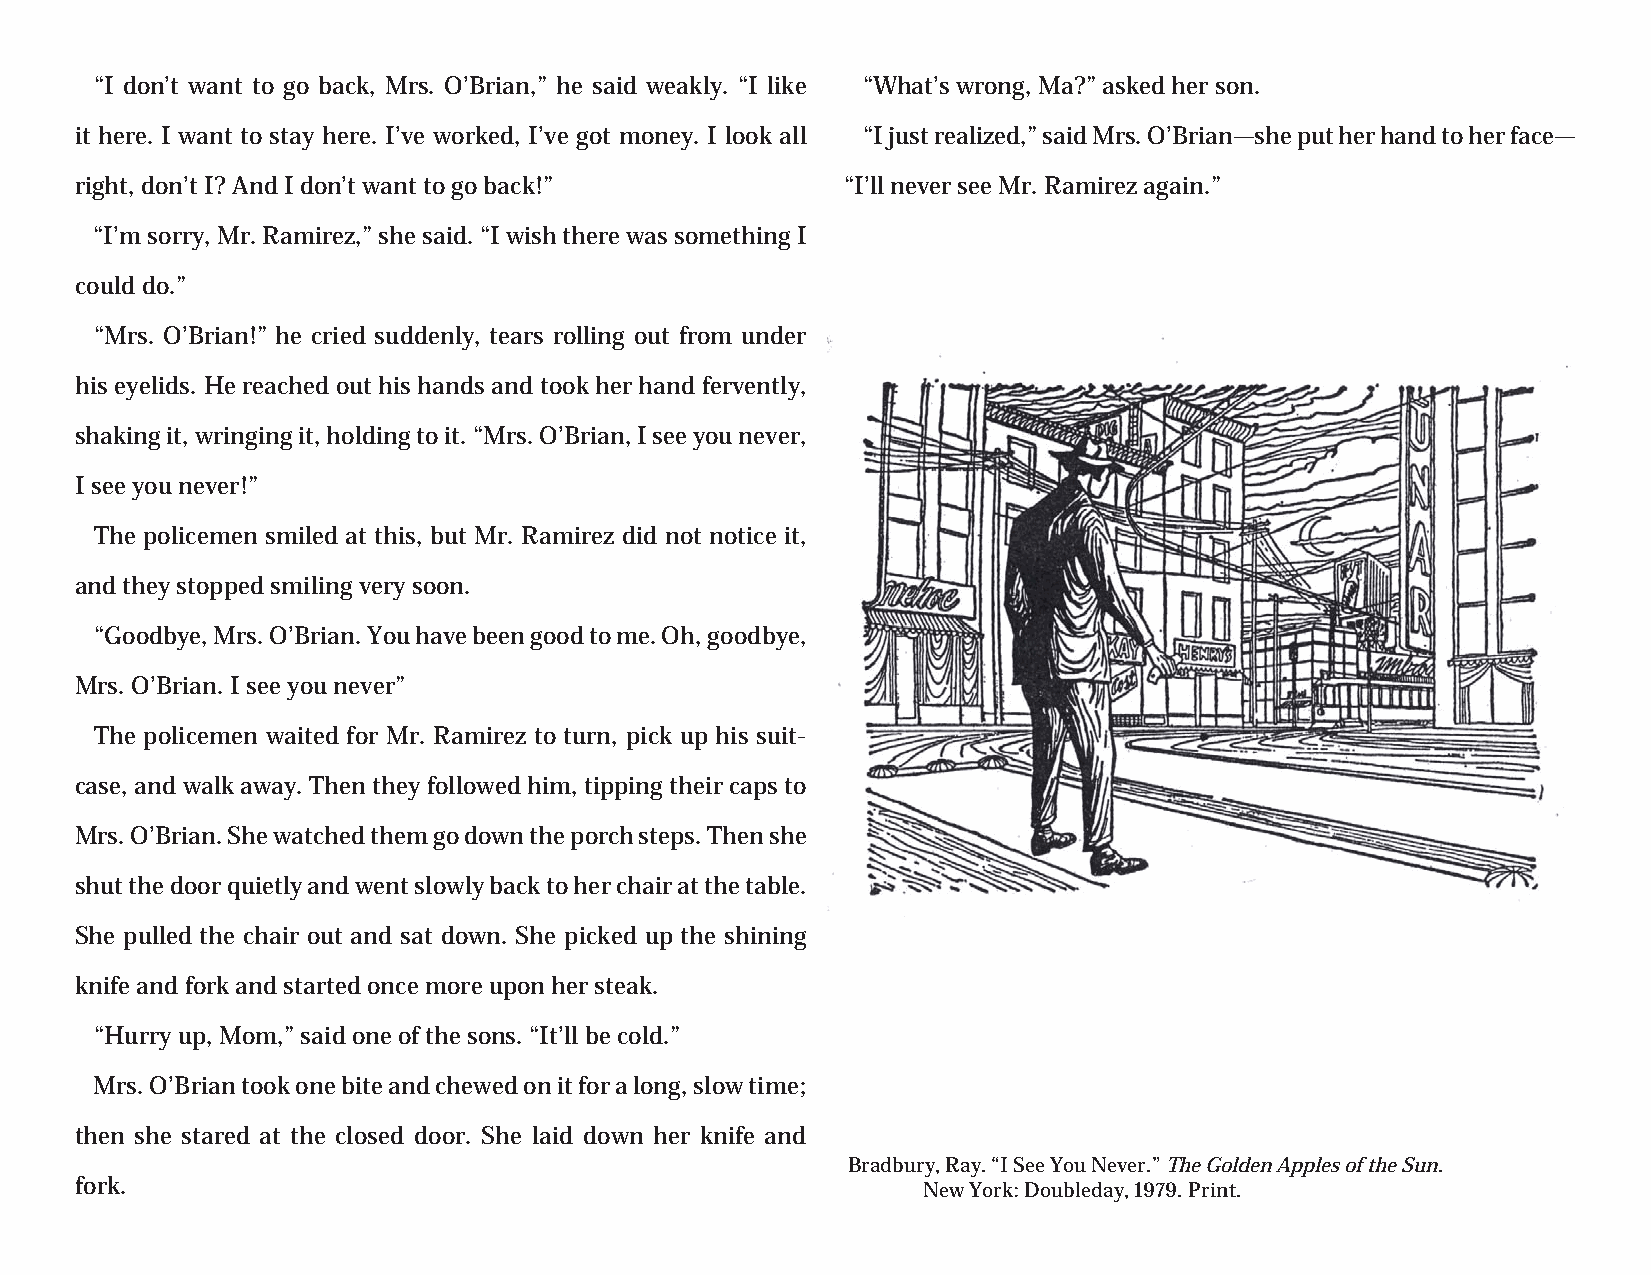
“I don’t want to go back, Mrs. O’Brian,” he said weakly. “I like “What’s wrong, Ma?” asked her son.
 it here. I want to stay here. I’ve worked, I’ve got money. I look all “I just realized,” said Mrs. O’Brian—she put her hand to her face—
 right, don’t I? And I don’t want to go back!”      “I’ll never see Mr. Ramirez again.”
 “I’m sorry, Mr. Ramirez,” she said. “I wish there was something I
 could do.”
 “Mrs. O’Brian!” he cried suddenly, tears rolling out from under
 his eyelids. He reached out his hands and took her hand fervently,
 shaking it, wringing it, holding to it. “Mrs. O’Brian, I see you never,
 I see you never!”
 The policemen smiled at this, but Mr. Ramirez did not notice it,
 and they stopped smiling very soon.
 “Goodbye, Mrs. O’Brian. You have been good to me. Oh, goodbye,
 Mrs. O’Brian. I see you never”
 The policemen waited for Mr. Ramirez to turn, pick up his suit-
 case, and walk away. Then they followed him, tipping their caps to
 Mrs. O’Brian. She watched them go down the porch steps. Then she
 shut the door quietly and went slowly back to her chair at the table.
 She pulled the chair out and sat down. She picked up the shining
 knife and fork and started once more upon her steak.
 “Hurry up, Mom,” said one of the sons. “It’ll be cold.”
 Mrs. O’Brian took one bite and chewed on it for a long, slow time;
 then she stared at the closed door. She laid down her knife and
 Bradbury, Ray. “I See You Never.” The Golden Apples of the Sun.
 fork.
 New York: Doubleday, 1979. Print.